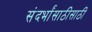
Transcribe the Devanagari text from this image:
संदर्भांसाठीसाठी